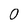
Character: 0